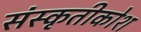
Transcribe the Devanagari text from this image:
संस्कृतीकोश